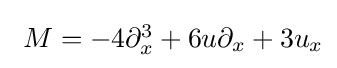
{\textstyle \ M=-4\partial _{x}^{3}+6u\partial _{x}+3u_{x}}